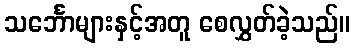
သင်္ဘောများနှင့်အတူ စေလွှတ်ခဲ့သည်။